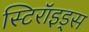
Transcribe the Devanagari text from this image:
स्टिरॉइड्स